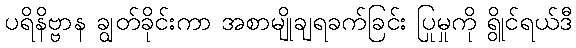
ပရိနိဗ္ဗာန ချွတ်ခိုင်းကာ အစာမျိုချရခက်ခြင်း ပြုမှုကို ရွိုင်ရယ်ဒီ